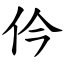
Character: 仱